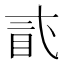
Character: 𥄽